Civil Veterinary Department Bihar reports 1940-50 - 1940-1950
Year: 1940
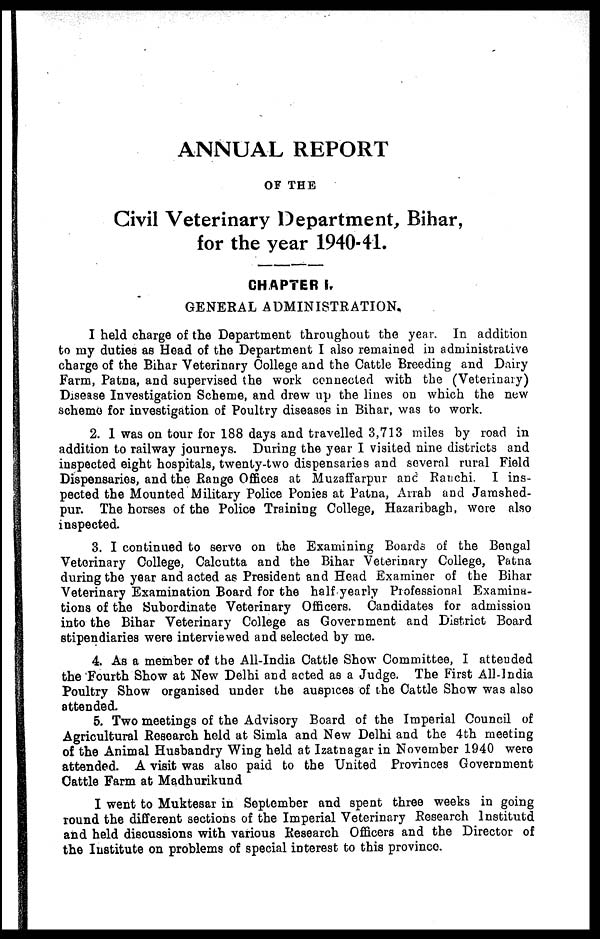
ANNUAL REPORT
OF THE
Civil Veterinary Department, Bihar,
for the year 1940-41.
CHAPTER I.
GENERAL ADMINISTRATION.
I held charge of the Department throughout the year. In addition
to my duties as Head of the Department I also remained in administrative
charge of the Bihar Veterinary College and the Cattle Breeding and Dairy
Farm, Patna, and supervised the work connected with the (Veterinary)
Disease Investigation Scheme, and drew up the lines on which the new
scheme for investigation of Poultry diseases in Bihar, was to work.
2. 1 was on tour for 188 days and travelled 3,713 miles by road in
addition to railway journeys. During the year I visited nine districts and
inspected eight hospitals, twenty-two dispensaries and several rural Field
Dispensaries, and the Range Offices at Muzaffarpur and Ranchi. I ins-
pected the Mounted Military Police Ponies at Patna, Arrah and Jamshed-
pur. The horses of the Police Training College, Hazaribagh, wore also
inspected.
3. I continued to servo on the Examining Boards of the Bengal
Veterinary College, Calcutta and the Bihar Veterinary College, Patna
during the year and acted as President and Head Examiner of the Bihar
Veterinary Examination Board for the half yearly Professional Examina-
tions of the Subordinate Veterinary Officers. Candidates for admission
into the Bihar Veterinary College as Government and District Board
stipendiaries were interviewed and selected by me.
4. As a member of the All-India Cattle Show Committee, I attended
the Fourth Show at New Delhi and acted as a Judge. The First All-India
Poultry Show organised under the auspices of the Cattle Show was also
attended.
5. Two meetings of the Advisory Board of the Imperial Council of
Agricultural Research held at Simla and New Delhi and the 4th meeting
of the Animal Husbandry Wing held at Izatnagar in November 1940 were
attended. A visit was also paid to the United Provinces Government
Cattle Farm at Madhurikund
I went to Muktesar in September and spent three weeks in going
round the different sections of the Imperial Veterinary Research Institutd
and held discussions with various Research Officers and the Director of
the Institute on problems of special interest to this province